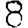
Digit: 8